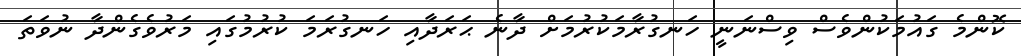
ކޮންމެ ގައުމަކުންވެސް ވިސްނަނީ ހަނގުރާމަކުރުމަށް ދާނެ ޙަރަދާއި ހަނގުރަމަ ކުރުމުގައި މަރުވެގެންދާ ނުވަތަ